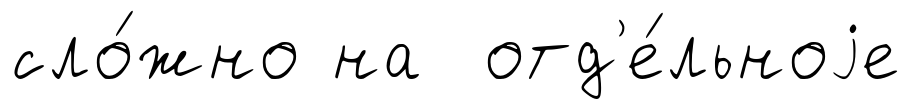
сло́жно на отд'е́льноjе